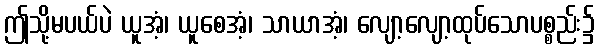
ဤသို့မပယ်ပဲ ယူအံ့၊ ယူစေအံ့၊ သာယာအံ့၊ လျော့လျော့ထုပ်သောပစ္စည်း၌